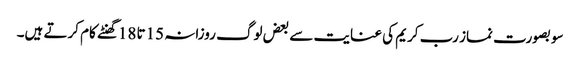
سو بصورت نماز رب کریم کی عنایت سے بعض لوگ روزانہ 15تا 18گھنٹے کام کرتے ہیں۔